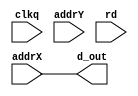
module ram #(
	parameter mem_file_name = "none",
	parameter Xsize=1280,
	parameter Ysize=800

) (
  	input clkq,
  	output reg [10:0]d_out,
  	input [10:0]addrX,
  	input [31:0]addrY, 
	input rd
	
);

//reg    [23:0] ram [0:Xsize*Ysize]; 


//always @(posedge clk) d_out <= ram[ addrX ];
initial d_out =0;
always @(clkq) d_out = addrX ;

/*
initial 
begin
	if (mem_file_name != "none")
	begin
		$readmemh(mem_file_name, ram);
	end
end
*/
endmodule